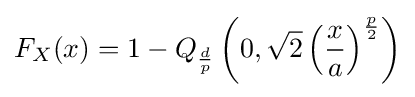
F_{X}(x)=1-Q_{\frac {d}{p}}\left(0,{\sqrt {2}}\left({\frac {x}{a}}\right)^{\frac {p}{2}}\right)